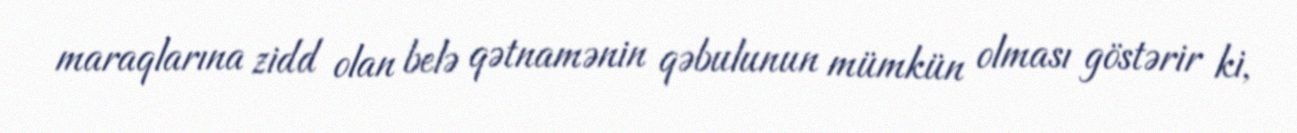
maraqlarına zidd olan belə qətnamənin qəbulunun mümkün olması göstərir ki,